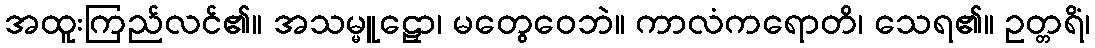
အထူးကြည်လင်၏။ အသမ္မူဠှော၊ မတွေဝေဘဲ။ ကာလံကရောတိ၊ သေရ၏။ ဥတ္တရိံ၊